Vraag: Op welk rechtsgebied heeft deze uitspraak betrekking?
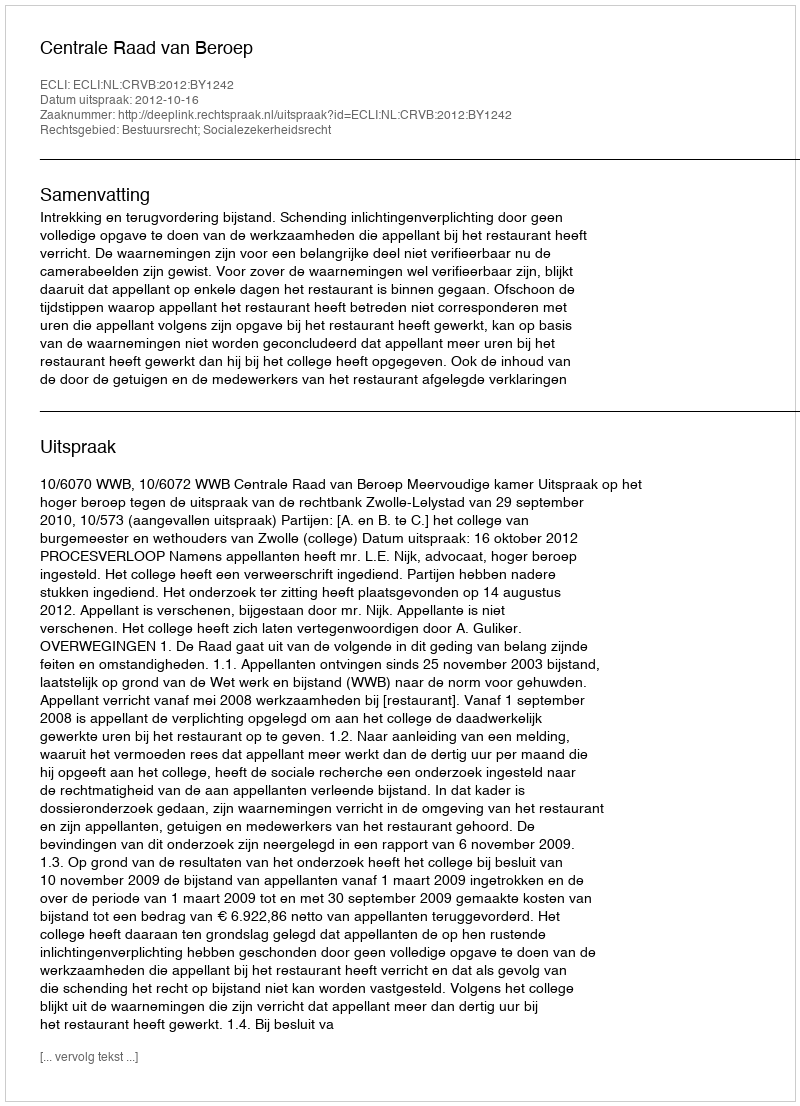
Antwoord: Bestuursrecht; Socialezekerheidsrecht